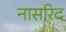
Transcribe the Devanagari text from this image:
नासरिद